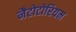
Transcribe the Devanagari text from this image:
नैटोटोरियम